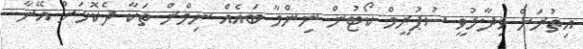
އިތުރަށް ވިދާޅުވީ ސުޕުރީމް ކޯޓުން ނިންމާ ބައެއް ނިމްން ތަކާ ދެކޮޅަށް އޭނާ